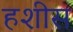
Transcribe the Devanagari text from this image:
हशीस